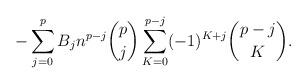
LaTeX: \begin{align*}-\sum_{j=0}^{p} B_j n^{p-j}\binom{p}{j} \sum_{K=0}^{p-j} (-1)^{K+j} \binom{p-j}{K}.\end{align*}